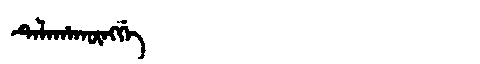
Manchu: ᡨᡝᠯᠠᡥᠠᡴᡡᠩᡤᡝ
Romanization: TELAHAKŪNGGE